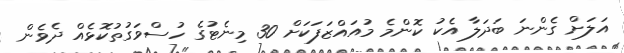
އަލަށް ގެންނަ ބަދަލާ އެކު ކޮންމެ މުއައްޒަފަކަށް 30 މިނެޓުގެ ހުސްވަގުތުކޮޅެއް ދެވެން